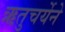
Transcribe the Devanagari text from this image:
ऋतुचर्येने